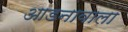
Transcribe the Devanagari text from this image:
आडनावाला